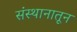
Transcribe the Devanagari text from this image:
संस्थानातून